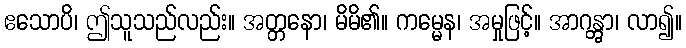
ဧသောပိ၊ ဤသူသည်လည်း။ အတ္တနော၊ မိမိ၏။ ကမ္မေန၊ အမှုဖြင့်။ အာဂန္တွာ၊ လာ၍။